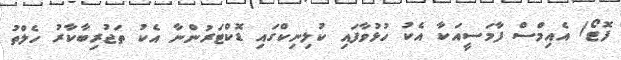
ފޮޓޯ/ އެއިމްސް ފާމަސީއަކާ އެކު ހުޅުވާފައި ކުލިނިކްގައި ޑޮކްޓަރުންނާ އެކު ތަޖުރިބާކާރު ހެލްތު